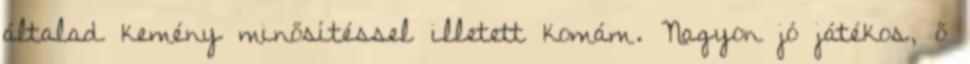
általad kemény minősítéssel illetett komám. Nagyon jó játékos, ő